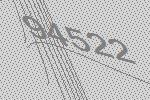
94522